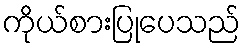
ကိုယ်စားပြုပေသည်